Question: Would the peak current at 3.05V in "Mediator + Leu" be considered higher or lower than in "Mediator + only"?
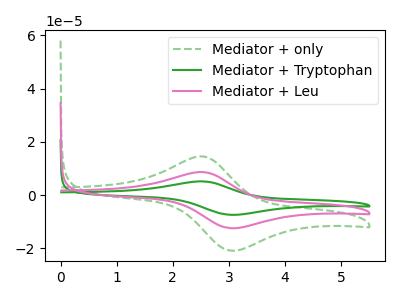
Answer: <think>The green dashed curve "Mediator + only" has an anodic peak at (2.50V, 14.55uA) and a cathodic peak at (3.05V, -20.90uA). The green curve "Mediator + Tryptophan" has an anodic peak at (2.50V, 17.35uA) and a cathodic peak at (3.05V, -24.90uA). The pink curve "Mediator + Leu" has an anodic peak at (2.50V, 8.65uA) and a cathodic peak at (3.05V, -12.45uA).</think>
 <answer>The peak at 3.05V is lower in "Mediator + Leu" than in "Mediator + only".</answer>
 <eval>lower</eval>